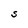
Character: S